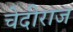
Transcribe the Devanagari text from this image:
चेदीराज